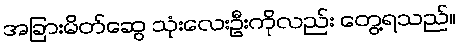
အခြားမိတ်ဆွေ သုံးလေးဦးကိုလည်း တွေ့ရသည်။